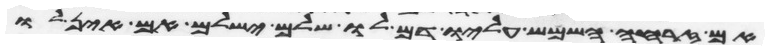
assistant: אם זרחה השמש עליו דם לו שלם ישלם אם אין לו